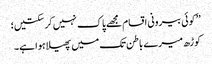
’’کوئی بیرونی اقسام مجھے پاک نہیں کر سکتیں؛
کوڑھ میرے باطن تک میں پھیلا ہوا ہے۔